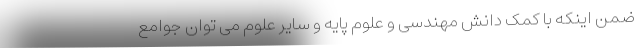
ضمن اینکه با کمک دانش مهندسی و علوم پایه و سایر علوم می توان جوامع